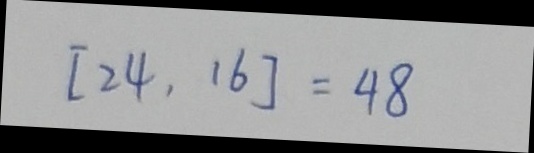
[ 2 4 , 1 6 ] = 4 8